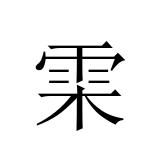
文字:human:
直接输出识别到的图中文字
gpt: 雬